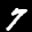
Label: 7